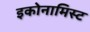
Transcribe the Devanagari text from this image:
इकोनामिस्ट